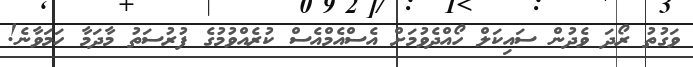
ވަގުތު ރޯދަ ވެދުން ސައިކަލް ހޯއްދެވުމަށް އެސްއެމްއެސް ކުރެއްވުމުގެ ފުރުސަތު މާދަމާ ހަމަވާނެ!